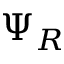
\Psi _ { R }